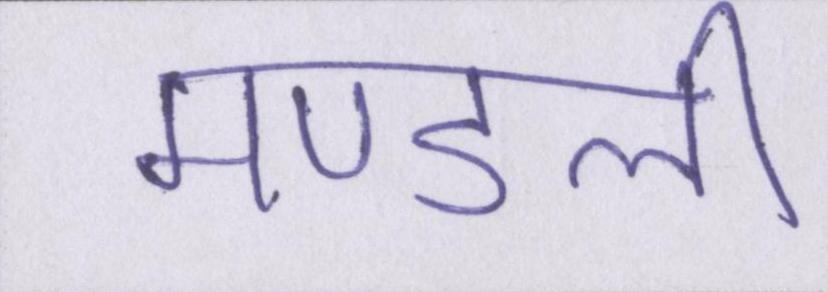
मण्डली